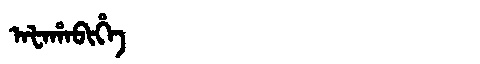
Manchu: ᠠᡶᠠᡥᠠᠪᡳᡥᡝ
Romanization: AFAHABIHE